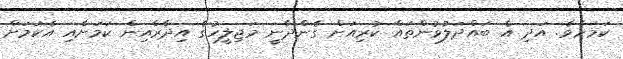
ކަމަށެވެ. އަދި އެ ބައްދަލުވުންތައް ކުރިއަށް ގެންދާނީ މަޖިލީހުގެ އިދާރާއިން ކަމަށާއި އެކަމަށް